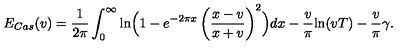
E _ { C a s } ( v ) = \frac { 1 } { 2 \pi } \int _ { 0 } ^ { \infty } \mathrm { l n } \Bigl ( 1 - e ^ { - 2 \pi x } \left( \frac { x - v } { x + v } \right) ^ { 2 } \Bigr ) d x - \frac { v } { \pi } \mathrm { l n } ( v T ) - \frac { v } { \pi } \gamma .